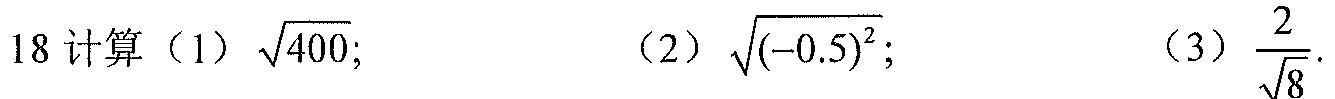
18 计算（1）\(\sqrt{400}\)；（2）\(\sqrt{(-0.5)^{2}}\)；（3）\(\frac{2}{\sqrt{8}}\)。